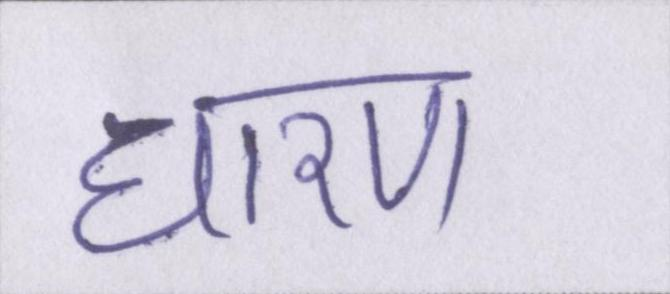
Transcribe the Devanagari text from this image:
धारण